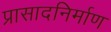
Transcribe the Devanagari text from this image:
प्रासादनिर्माण